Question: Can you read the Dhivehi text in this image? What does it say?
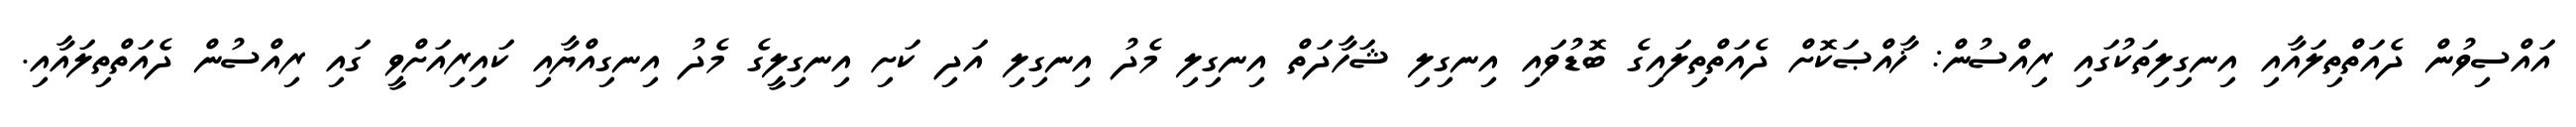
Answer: އައްސިވުން ދެއަތްތިލައާއި އިނގިލިތަކުގައި ރިއްސުން: ޚާއްޞަކޮށް ދެއަތްތިލައިގެ ބޮޑުވައި އިނގިލި ޝަހާދަތް އިނގިލި މެދު އިނގިލި އަދި ކަށި އިނގިލީގެ މެދު އިނގިއްޔާއި ކައިރިއަށްވީ ގައި ރިއްސުން ދެއަތްތިލައާއި.